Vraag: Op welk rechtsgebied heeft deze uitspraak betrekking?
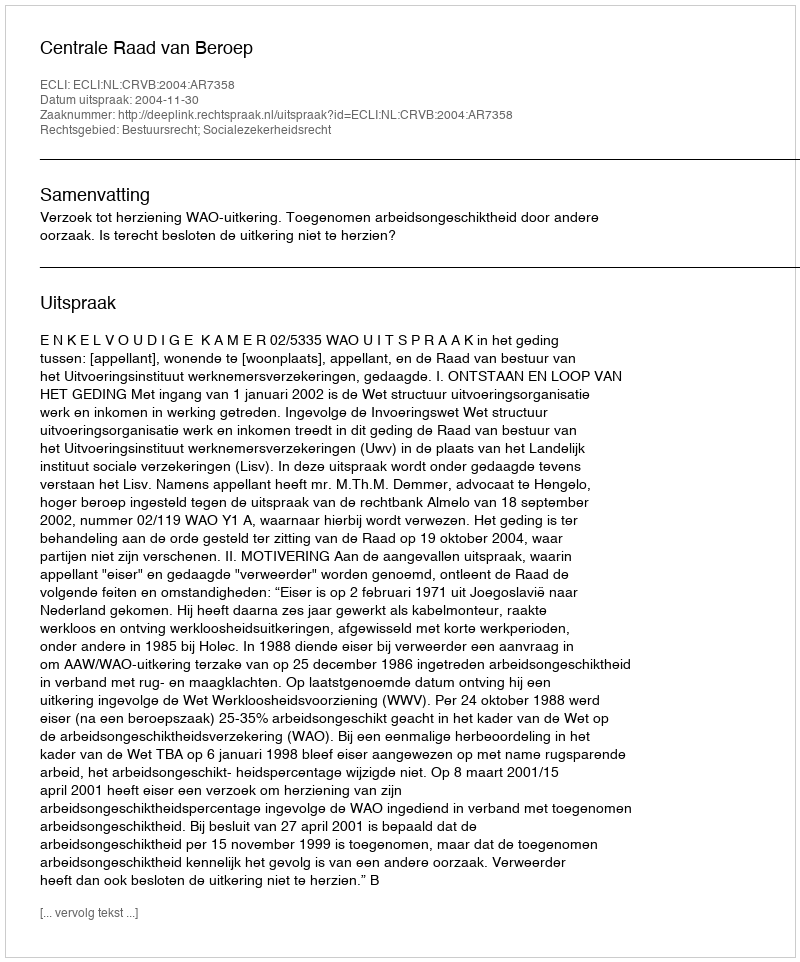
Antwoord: Bestuursrecht; Socialezekerheidsrecht